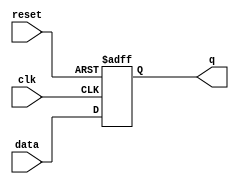
`timescale 1ns / 1ps
//////////////////////////////////////////////////////////////////////////////////
// Company: 
// Engineer: 
// 
// Design Name: 
// Module Name: d_flip
// Project Name: 
// Target Devices: 
// Tool Versions: 
// Description: 
// 
// Dependencies: 
// 
// Revision:
// Revision 0.01 - File Created
// Additional Comments:
// 
//////////////////////////////////////////////////////////////////////////////////


//-----------------------------------------------------
// Design Name : dff_async_reset
// Function    : D flip-flop async reset
// Coder       : Deepak Kumar Tala
//-----------------------------------------------------
module dff_async_reset (
data  , // Data Input
clk    , // Clock Input
reset , // Reset input 
q         // Q output
);
//-----------Input Ports---------------
input data, clk, reset ; 

//-----------Output Ports---------------
output q;

//------------Internal Variables--------
reg q;

//-------------Code Starts Here---------
initial
begin
 	q <= 0;	
end

always @ (posedge clk or posedge reset)
if (reset) begin
  q <= 1'b0;
end  else begin
  q <= data;
end

endmodule //End Of Module dff_async_reset